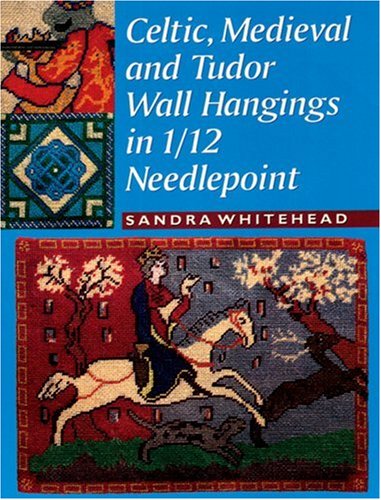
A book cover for Celtic, Medieval and Tudor Wall Hangings in 1/12 Scale Needlepoint; Sandra Whitehead; Crafts, Hobbies & Home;